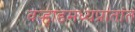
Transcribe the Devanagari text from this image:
वर्‍हाडमध्यप्रांतांत